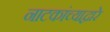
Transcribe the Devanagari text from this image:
नाटकांच्याद्वारे